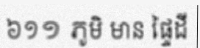
៦១១ ភូមិ មាន ផ្ទៃដី